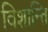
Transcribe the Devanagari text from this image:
विशान्ति